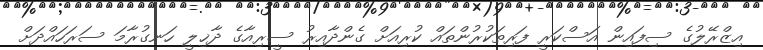
އިޒްރޭލުގެ ސިފައިން އަސްކަރީ ފަރިތަކުރުންތައް ކުރިއަށް ގެންދާއިރު ސީރިއާގެ ދާޚިލީ ހަނގުރާމަ ސަރަހައްދަށް